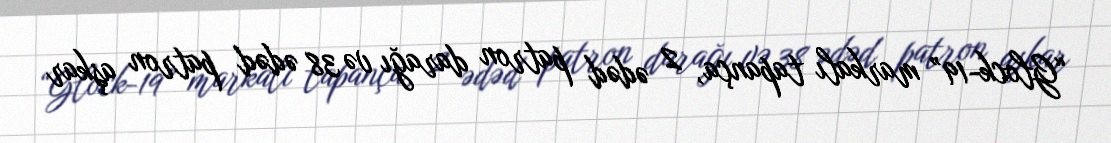
“Glock-19” markalı tapança, 2 ədəd patron darağı və 38 ədəd patron aşkar